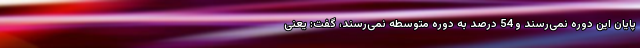
پایان این دوره نمی‌رسند و 54 درصد به دوره متوسطه نمی‌رسند، گفت: یعنی